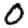
Digit: 0